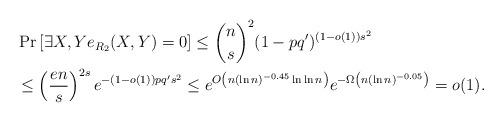
LaTeX: \begin{align*}&\Pr\left[\exists X,Y e_{R_2}(X,Y)=0\right]\le \binom{n}{s}^2(1-pq')^{(1-o(1))s^2}\\&\le \left(\frac{en}{s}\right)^{2s}e^{-(1-o(1))pq's^2}\le e^{O\left(n(\ln n)^{-0.45}\ln \ln n\right)}e^{-\Omega\left(n(\ln n)^{-0.05}\right)}=o(1).\end{align*}